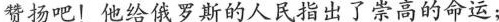
赞扬吧！他给俄罗斯的人民指出了崇高的命运；